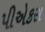
પીએકસ